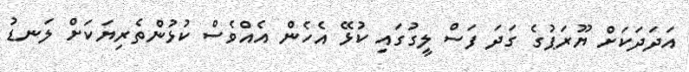
އަދަދަކަށް ޔޫރަޕުގެ ގަދަ ފަސް ލީގުގައި ކުޅޭ އެހެން އެއްވެސް ކުޅުންތެރިޔަކަށް ލަނޑު